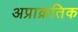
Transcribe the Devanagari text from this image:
अप्राक्रतिक